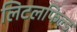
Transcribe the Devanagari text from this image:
लिटलफिल्ड